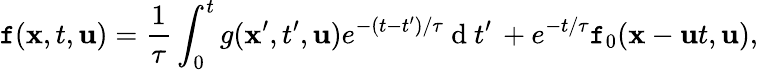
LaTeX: \mathtt{f}(\textbf{{x}},t,\textbf{{u}})=\frac{{1}}{{\tau}}\int_{0}^{t}g(\textbf{{x}}^{\prime},t^{\prime},\textbf{{u}})e^{-(t-t^{\prime})/\tau}\mathrm{{~d~}}t^{\prime}\, +e^{-t/\tau}\mathtt{f}_{0}(\textbf{{x}}-\textbf{{u}}t,\textbf{{u}}),